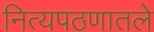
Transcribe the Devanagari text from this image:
नित्यपठणातले